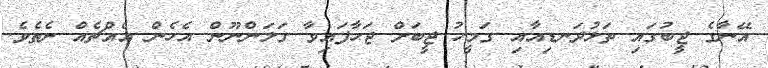
އޭނާގެ ޖީބުގައި ތަޅުދަނޑިއާއި ގަމީހު ޖީބަށް ޖަހާފައިވާ ގަލަންނޫން އެހެން އެއްޗެއް ނެތެވެ.